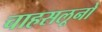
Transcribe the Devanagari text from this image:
चाहसलूनो